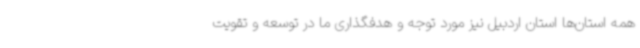
همه استان‌ها استان اردبیل نیز مورد توجه و هدفگذاری ما در توسعه و تقویت